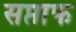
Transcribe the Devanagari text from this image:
सप्ताफ